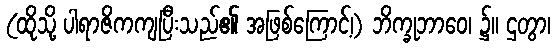
(ထိုသို့ ပါရာဇိကကျပြီးသည်၏ အဖြစ်ကြောင့်၊) ဘိက္ခုဘာဝေ၊ ၌။ ဌတွာ၊